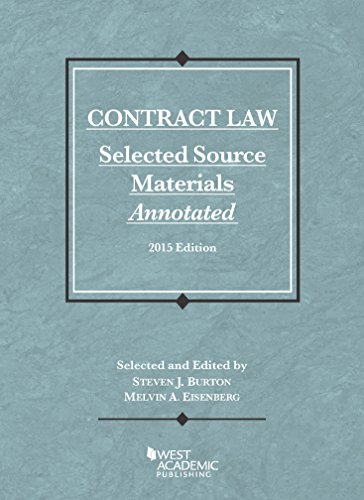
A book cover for Contract Law, Selected Source Materials Annotated (Selected Statutes); Steven Burton; Law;